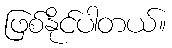
ဖြစ်နိုင်ပါတယ်။